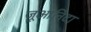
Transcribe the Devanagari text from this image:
जूआनिटा